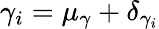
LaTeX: \gamma_{i}=\mu_{\gamma}+\delta_{\gamma_{i}}